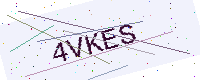
Text: 4VKES